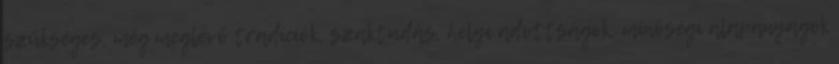
szükséges, még meglévő tradíciók, szaktudás, helyi adottságok, minőségi alapanyagok